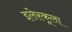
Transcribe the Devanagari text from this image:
इलेस्कूला